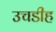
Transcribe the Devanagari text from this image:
उचडीह